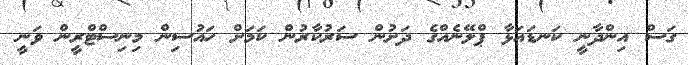
ގަސް އިންދާނީ ކަނޑައަޅާ ޕްލޭނެއްގެ ދަށުން ސަރުކާރުން ކަމަށް ހައުސިން މިނިސްޓްރީން ވަނީ